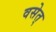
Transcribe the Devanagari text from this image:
वसेत्